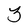
Character: 3